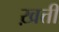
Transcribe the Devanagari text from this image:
ख़त्ती